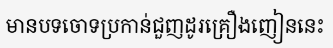
មានបទចោទប្រកាន់ជួញដូរគ្រឿងញៀននេះ